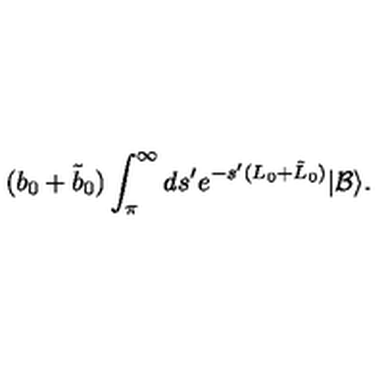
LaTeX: ( b _ { 0 } + \tilde { b } _ { 0 } ) \int _ { \pi } ^ { \infty } d s ^ { \prime } e ^ { - s ^ { \prime } ( L _ { 0 } + \tilde { L } _ { 0 } ) } | \mathcal { B } \rangle .